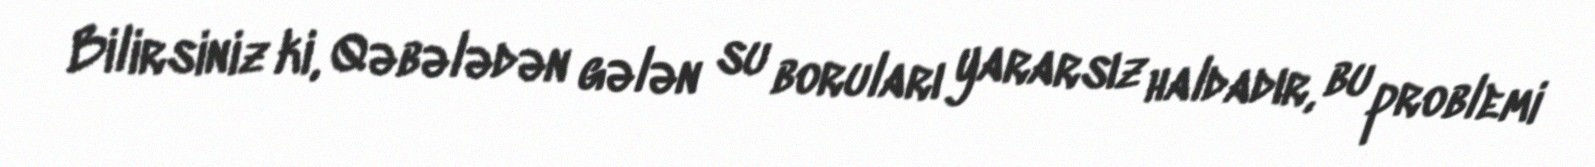
Bilirsiniz ki, Qəbələdən gələn su boruları yararsız haldadır, bu problemi